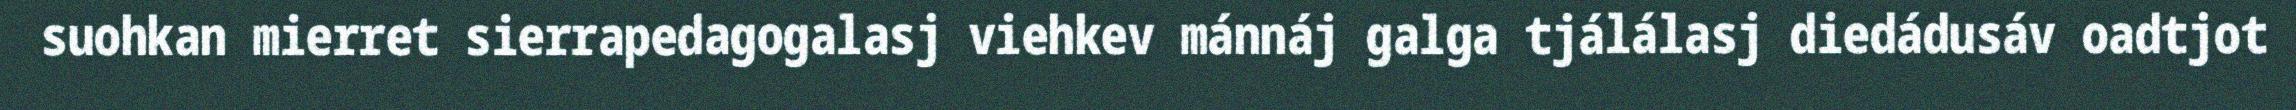
suohkan mierret sierrapedagogalasj viehkev mánnáj galga tjálálasj diedádusáv oadtjot